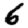
Digit: 6